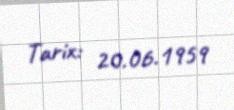
Tarix: 20.06.1959